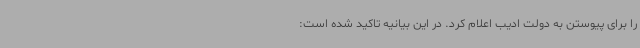
را برای پیوستن به دولت ادیب اعلام کرد. در این بیانیه تاکید شده است: